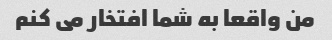
من واقعا به شما افتخار می کنم